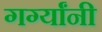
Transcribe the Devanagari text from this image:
गर्ग्यांनी